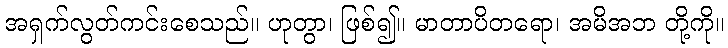
အရှက်လွတ်ကင်းစေသည်။ ဟုတွာ၊ ဖြစ်၍။ မာတာပိတရော၊ အမိအဘ တို့ကို။